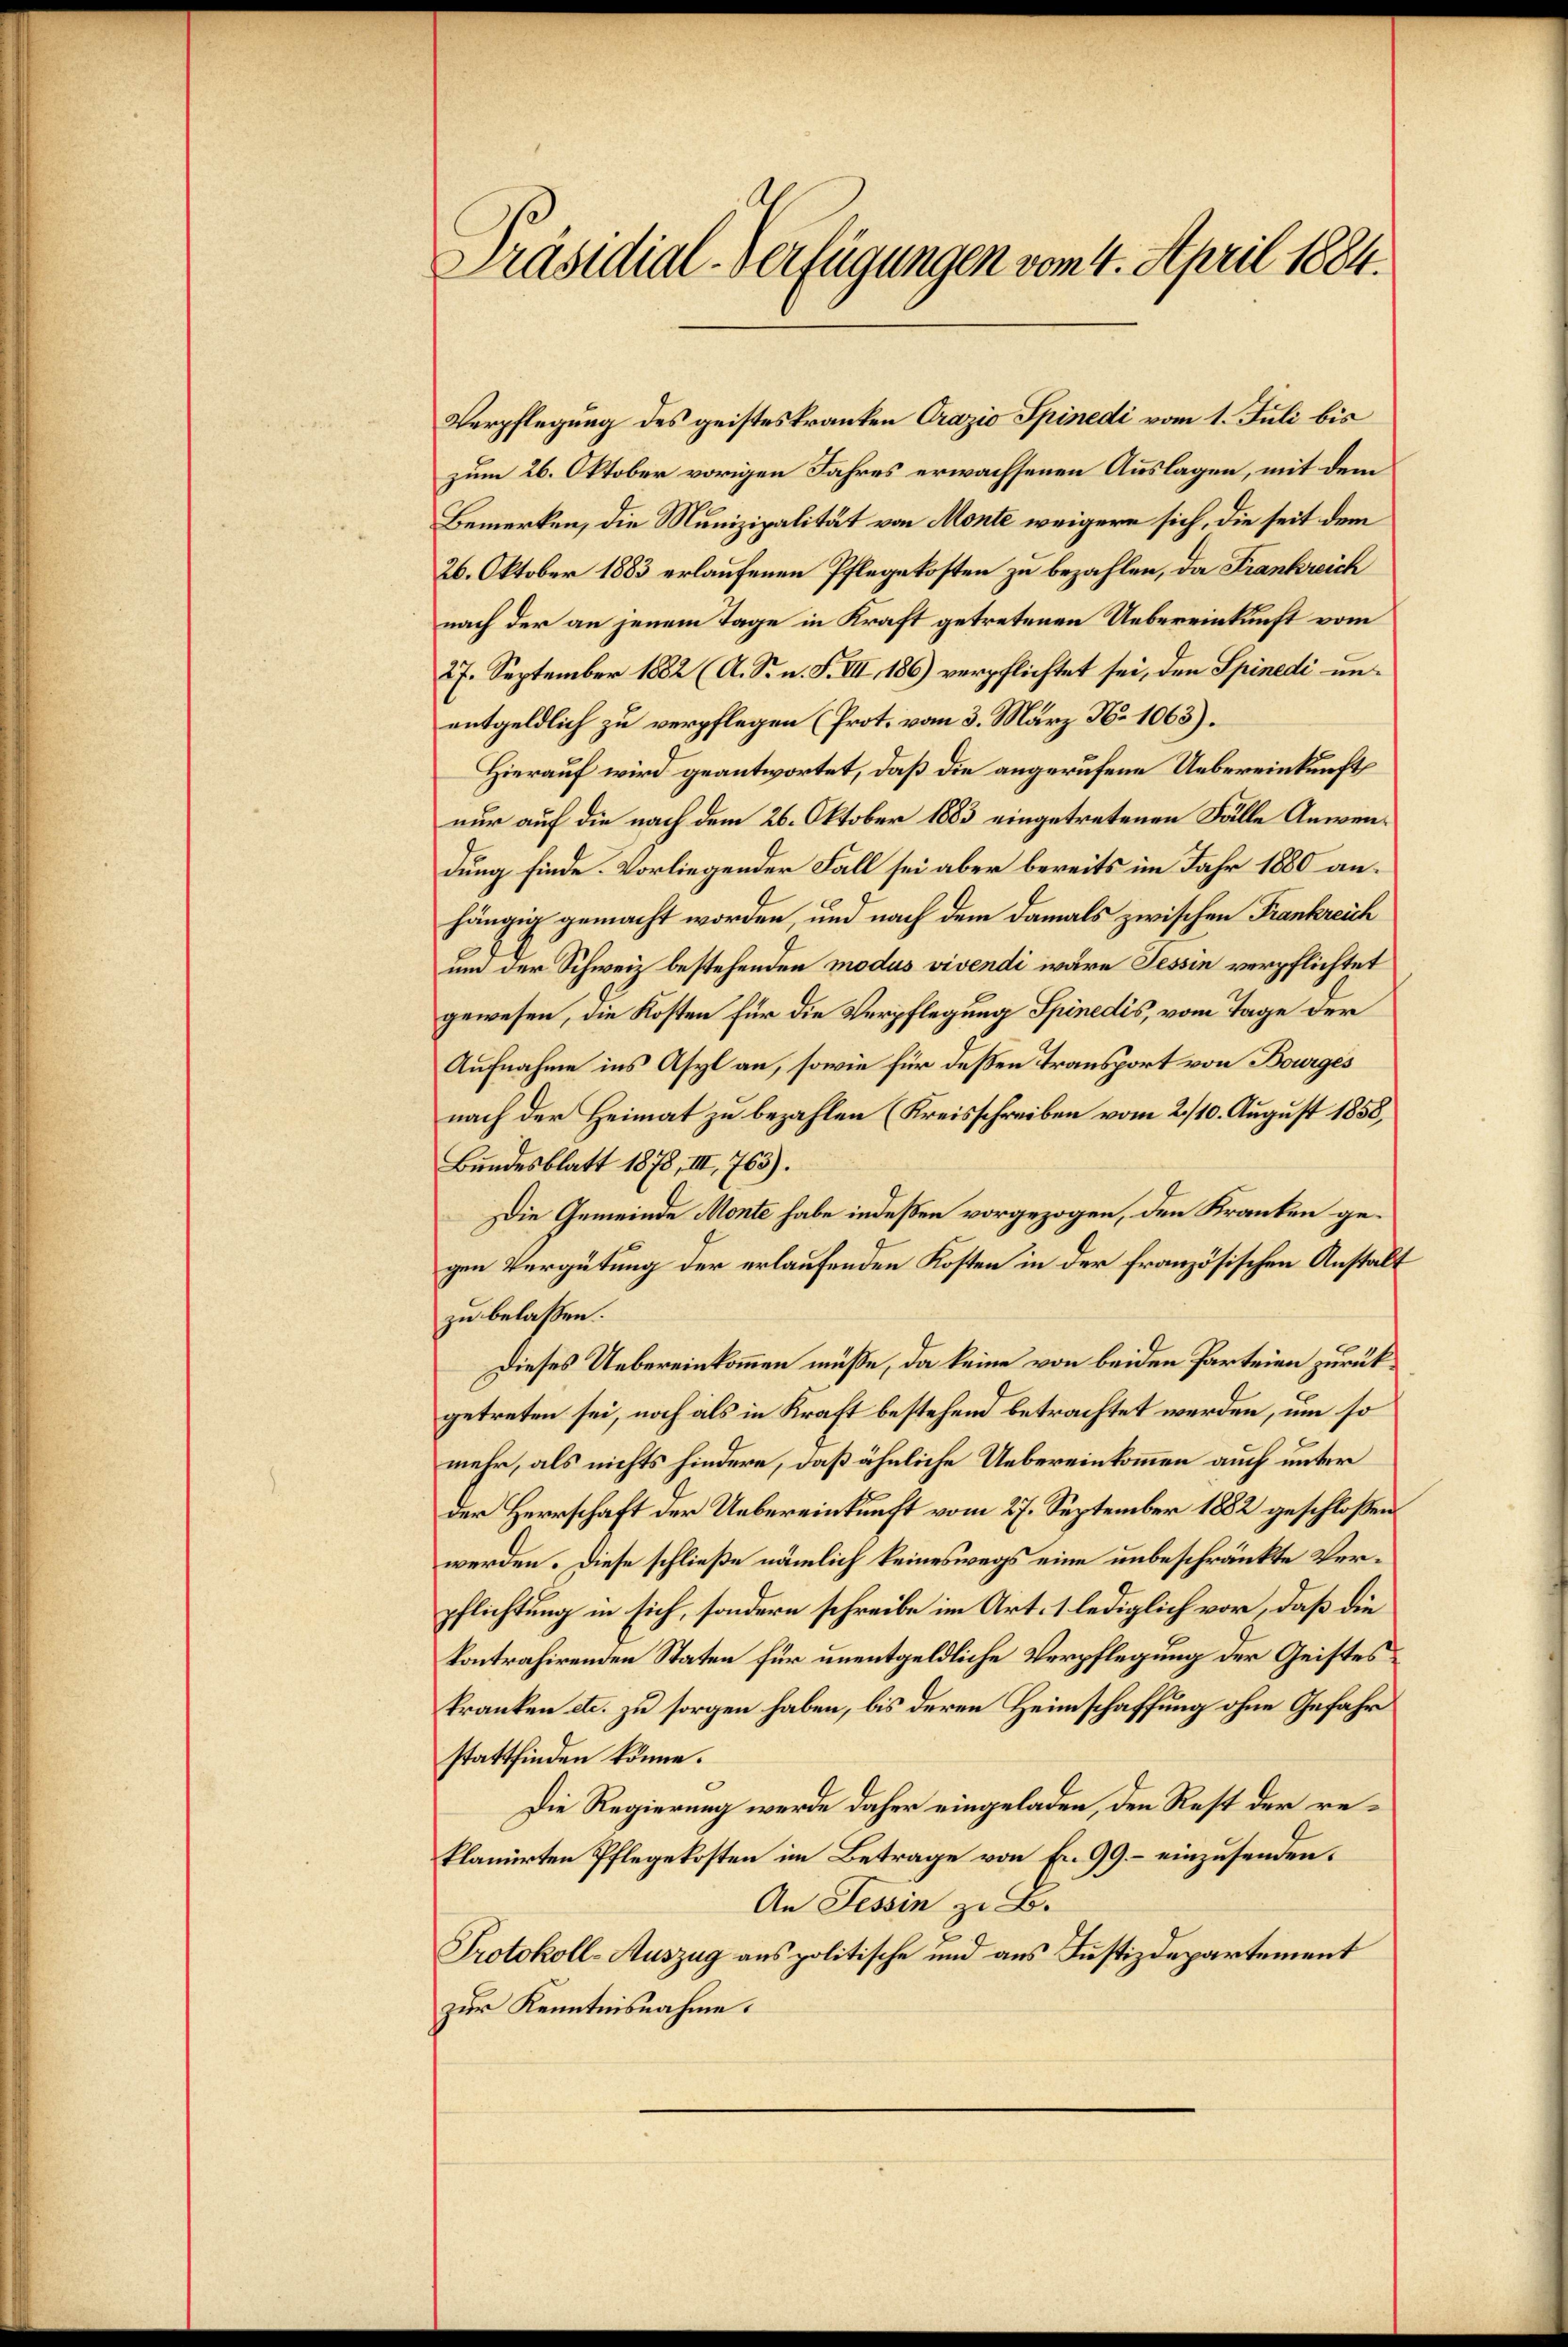
Präsidial-Verfügungen vom 4. April 1884.

Verpflegung des geistes kranken Orazio Spinedi vom 1. Juli bis
zum 26. Oktober vorigen Jahres erwachsenen Auslagen, mit dem
Bemerken, die Munizipalität von Monte weigere sich, die seit dem
26. Oktober 1883 erlaufenen Pflegekosten zu bezahlen, da Frankreich
nach der an jenem Tage in Kraft getretenen Uebereinkunft vom
27. September 1882 (A. Sr. n. F. VII, 186) verpflichtet sei, den Spinedi unentgeldlich zu verpflegen (Prot. vom 3. März No 1063).
Hierauf wird geantwortet, daß die angerufene Uebereinkunft
nur auf die nach dem 26. Oktober 1883 eingetretenen Fälle Anwendung finde Vorliegender Fall sei aber bereits im Jahr 1880 an.
hängig gemacht worden, und nach dem damals zwischen Frankreich
um der Schweiz bestehenden modus vivendi wäre Tessin verpflichtet
gewesen, die Kosten für die Verpflegung Spinedis, vom Tage der
Aufnahme ins Asyl an, sowie für deßen Transport von Bourges
nach der Heimat zu bezahlen (Kreisschreiben vom 2./10. August 1858.
Bundesblatt 1878, III. 763).
Die Gemeinde Monte habe indeßen vorgezogen, den Kranken gegen Vergütung der erlaufenden Kosten in der französischen Anstalt
zu belaßen.
Dieses Uebereinkommen müsse, da keine von beiden Parteien zurückgetreten sei, noch als in Kraft bestehend betrachtet werden, um so
mehr, als nichts hindere, daß ähnliche Uebereinkommen auch unter
der Herrschaft der Uebereinkunft vom 27. September 1882 geschloßen:
werden. Diese schließe nämlich keineswegs eine unbeschränkte Verpflichtung in sich, sondern schreibe im Art. 1 lediglich vor, daß die
kontrahirenden Staten für unentgeldliche Verpflegung der Geistes
kranken etc. zu sorgen haben, bis deren Heimschaffung ohne Gefahr
stattfinden könne.
Die Regierung werde daher eingeladen, den Rest der reklamierten Pflegekosten im Betrage von Fr. 99. – einzusenden.
An Tessin zu B.
2.
Protokoll-Auszug aus politische und aus Justizdepartement
zur Kenntnisnahme.